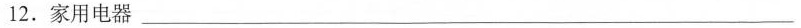
12.家用电器